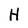
Character: H